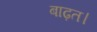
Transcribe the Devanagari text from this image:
बाढ़त।